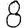
Digit: 8